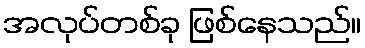
အလုပ်တစ်ခု ဖြစ်နေသည်။